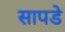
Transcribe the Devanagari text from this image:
सापडे